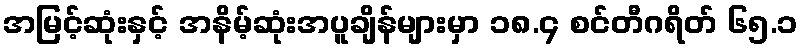
အမြင့်ဆုံးနှင့် အနိမ့်ဆုံးအပူချိန်များမှာ ၁၈.၄ စင်တီဂရိတ် ၆၅.၁